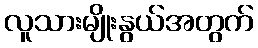
လူသားမျိုးနွယ်အတွက်